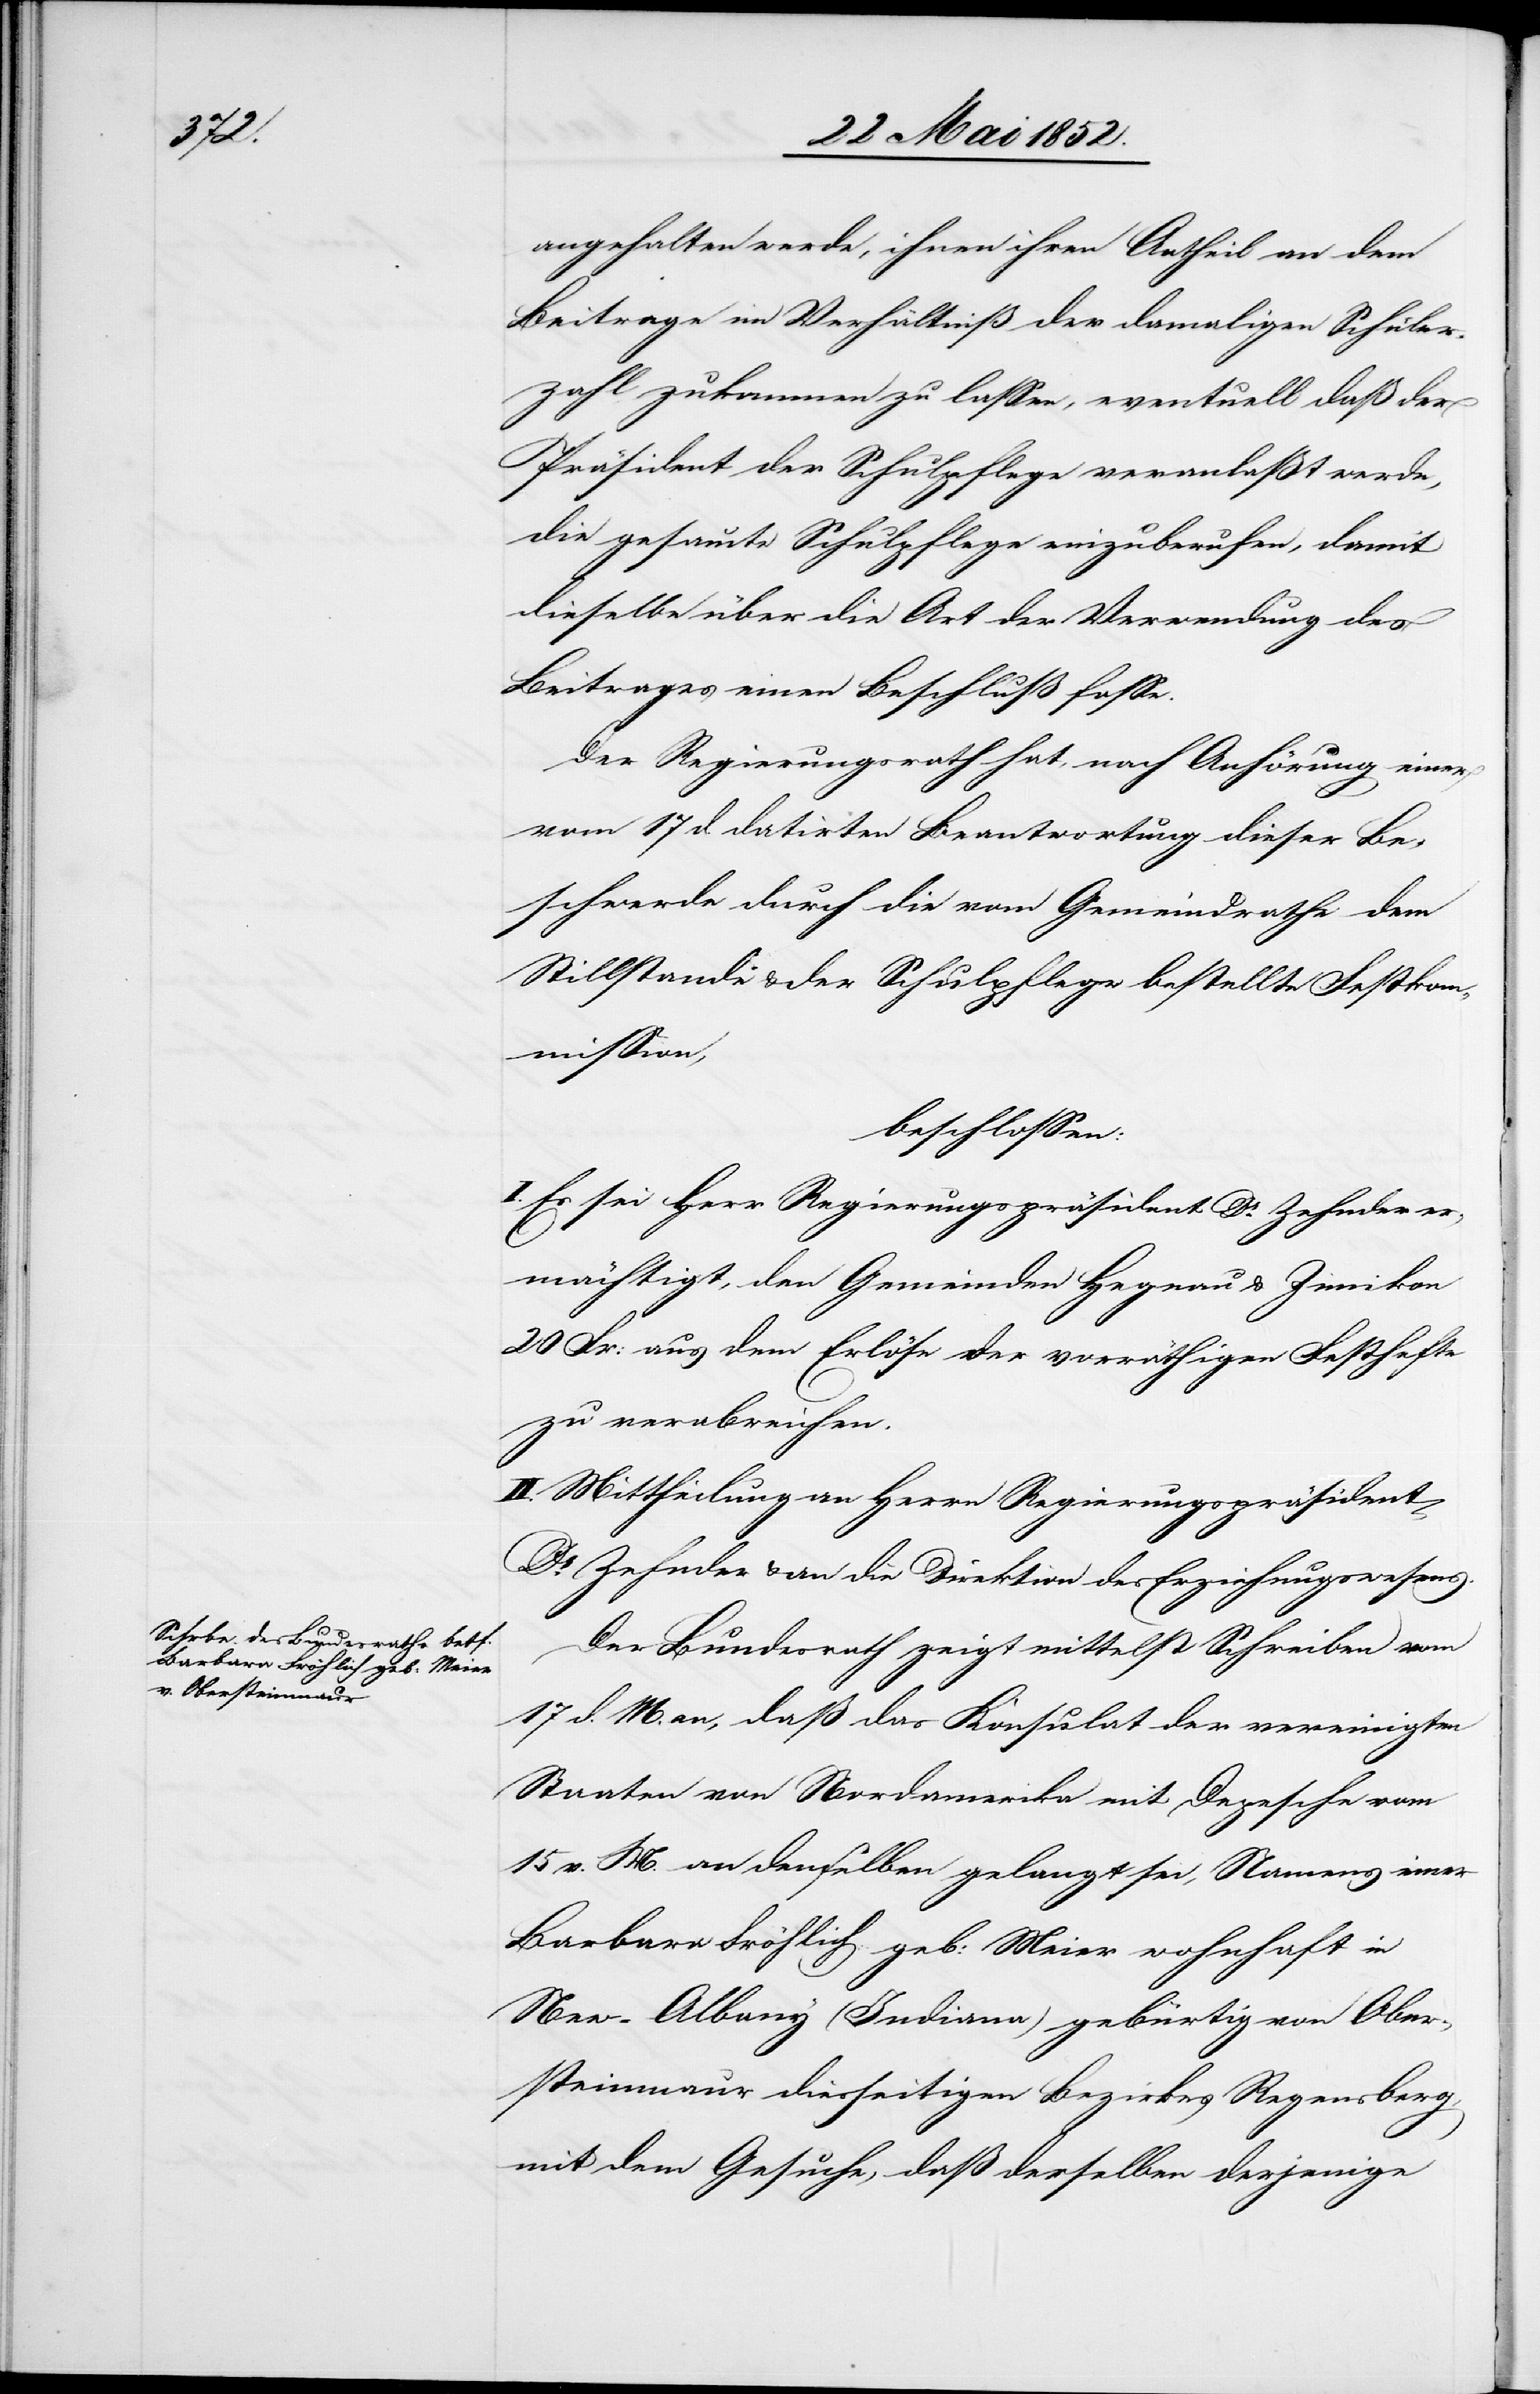
angehalten werde, ihnen ihren Antheil an dem
Beitrage im Verhältniß der damaligen Schüler¬
zahl zukommen zu lassen, eventuell daß der
Präsident der Schulpflege veranlaßt werde,
die gesammte Schulpflege einzuberufen, damit
dieselbe über die Art der Verwendung des
Beitrages einen Beschluß fasse.
Der Regierungsrath hat, nach Anhörung einer
vom 17 d. datirten Beantwortung dieser Be¬
schwerde durch die vom Gemeindrathe dem
Stillstande & der Schulpflege bestellte Festkom¬
mission,
beschlossen:
Es sei Herr Regierungspräsident Dr. Zehnder
ermächtigt, den Gemeinden Hegnau & Zimikon
20 Fr: aus dem Erlöse der vorräthigen Festhefte
zu verabreichen.
II. Mittheilung an Herrn Regierungspräsident
Dr. Zehnder & an die Direktion des Erziehungswesens.
Der Bundesrath zeigt mittelst Schreiben vom
17 d. M. an, daß das Konsulat der vereinigten
Staaten von Nordamerika mit Depesche vom
15 v. M. an denselben gelangt sei, Namens einer
Barbara Fröhlich geb: Meier wohnhaft in
New-Albany (Indiana) gebürtig von Ober¬
steinmaur diesseitigen Bezirkes Regensberg,
mit dem Gesuche, daß derselben derjenige